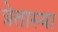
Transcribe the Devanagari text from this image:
त्रेतास्या